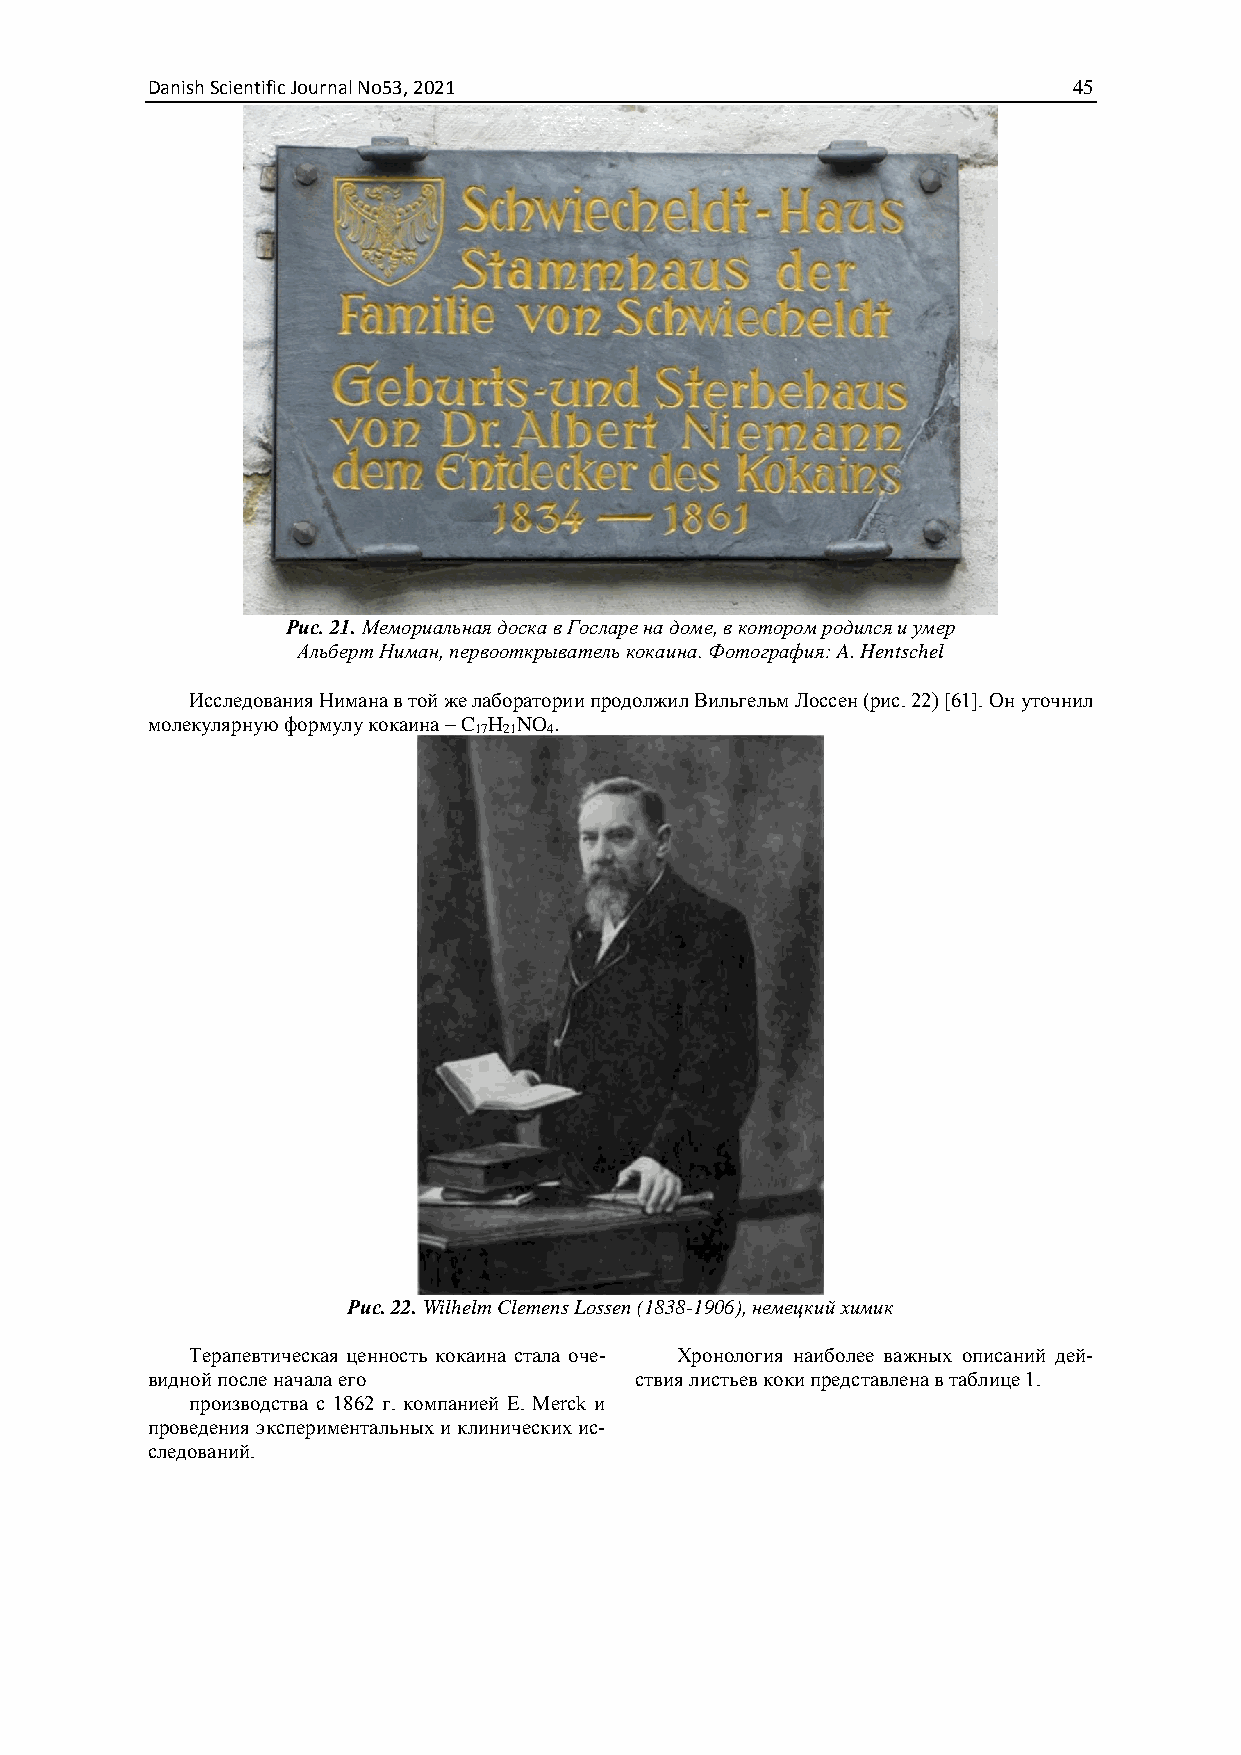
Danish Scientific Journal No53, 2021                         45
 Рис. 21. Мемориальная доска в Госларе на доме, в котором родился и умер
 Альберт Ниман, первооткрыватель кокаина. Фотография: A. Hentschel
 Исследования Нимана в той же лаборатории продолжил Вильгельм Лоссен (рис. 22) [61]. Он уточнил
 молекулярную формулу кокаина – C H NO .
 17 21 4
 Рис. 22. Wilhelm Clemens Lossen (1838-1906), немецкий химик
 Терапевтическая ценность кокаина стала оче- Хронология наиболее важных описаний дей-
 видной после начала его         ствия листьев коки представлена в таблице 1.
 производства с 1862 г. компанией E. Merck и
 проведения экспериментальных и клинических ис-
 следований.